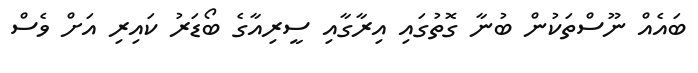
ބައެއް ނޫސްތަކުން ބުނާ ގޮތުގައި އިރާގާއި ސީރިއާގެ ބޯޑަރު ކައިރި އަށް ވެސް